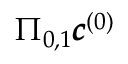
\Pi _ { 0 , 1 } \pmb { c } ^ { ( 0 ) }